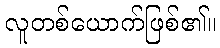
လူတစ်ယောက်ဖြစ်၏။